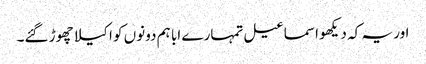
اور یہ کہ دیکھو اسماعیل تمہارے ابا ہم دونوں کو اکیلا چھوڑ گئے۔